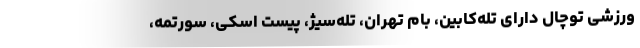
ورزشی توچال دارای تله‌کابین، بام تهران، تله‌سیژ، پیست اسکی، سورتمه،